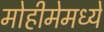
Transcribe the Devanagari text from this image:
मोहीमेमध्ये